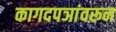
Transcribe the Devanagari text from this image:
कागदपञांवरून